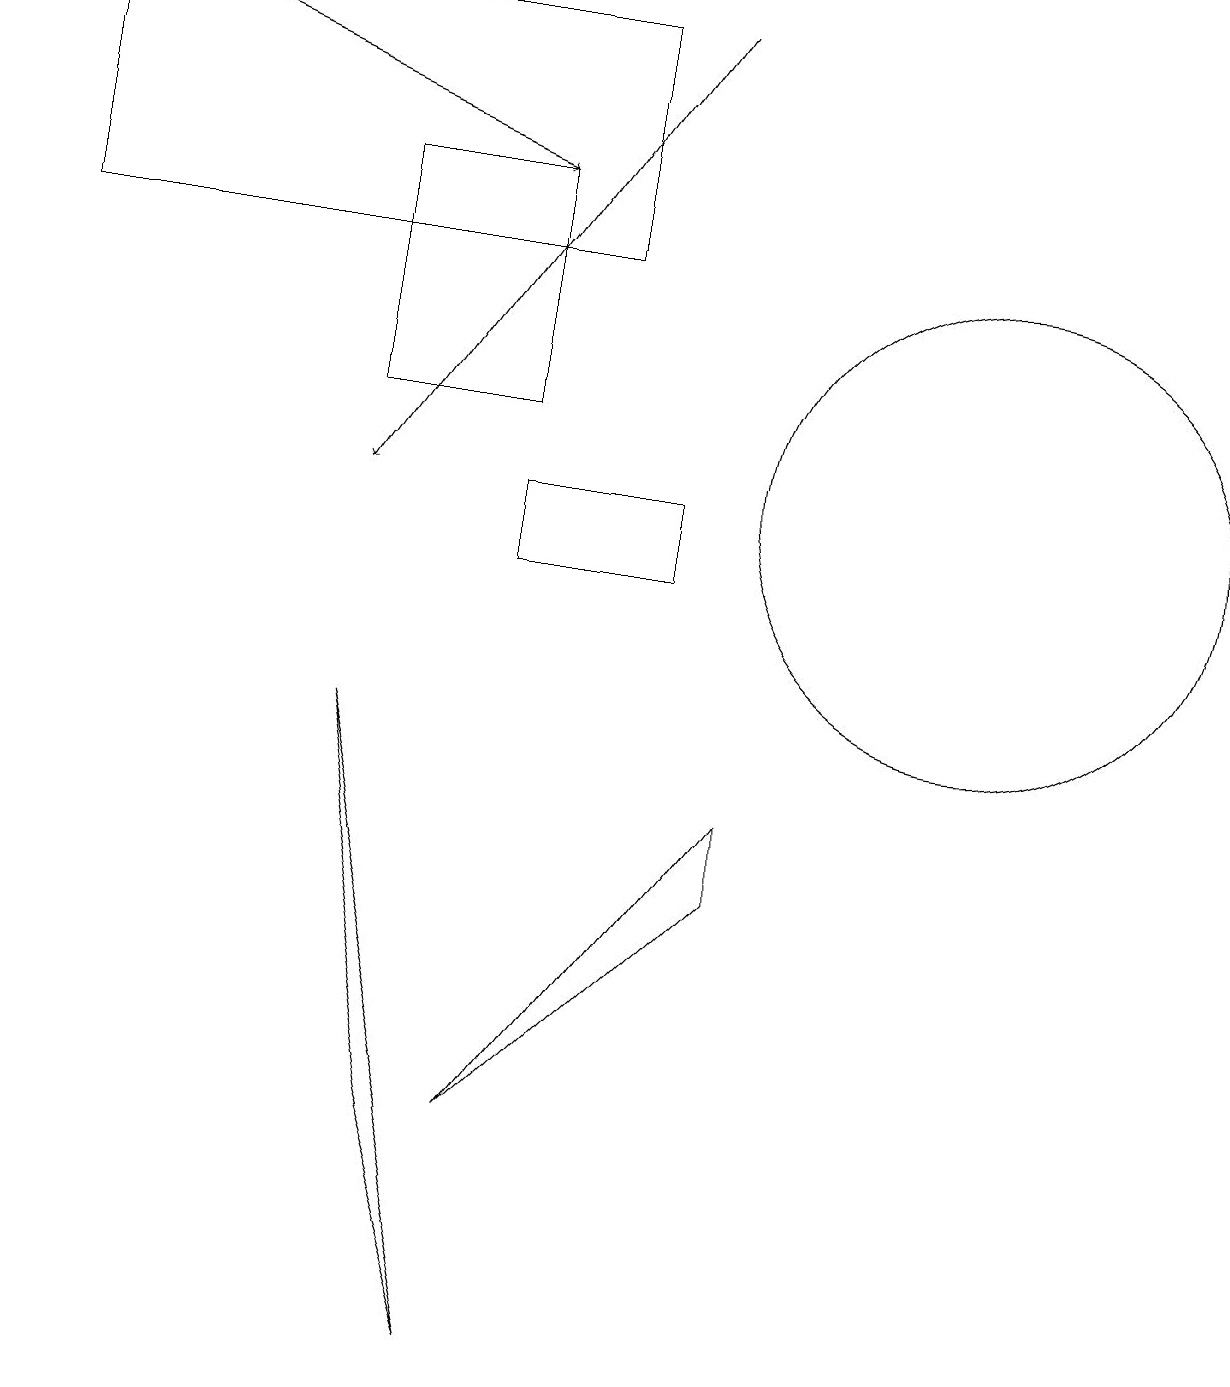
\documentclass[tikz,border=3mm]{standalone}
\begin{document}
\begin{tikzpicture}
\draw (6,1) -- (4,9) -- (5,4) -- cycle;
\draw (6,4) -- (9,8) -- (9,7) -- cycle;
\draw (6,11) rectangle (8,12);
\draw (12,12) circle (3);
\draw (0,18) rectangle (7,15);
\draw (6,16) rectangle (4,13);
\draw[->] (8,18) -- (4,12);
\draw[->] (1,18) -- (6,16);
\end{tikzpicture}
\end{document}